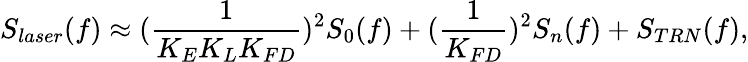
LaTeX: S_{laser}(f)\approx(\frac{1}{K_{E}K_{L}K_{FD}})^{2}S_{0}(f)+(\frac{1}{K_{FD}})^{2}S_{n}(f)+S_{TRN}(f),